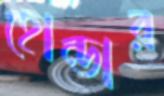
হোন্ডার